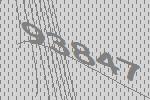
93847